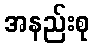
အနည်းစု